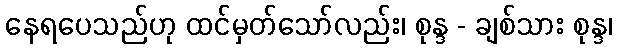
နေရပေသည်ဟု ထင်မှတ်သော်လည်း၊ စုန္ဒ - ချစ်သား စုန္ဒ၊